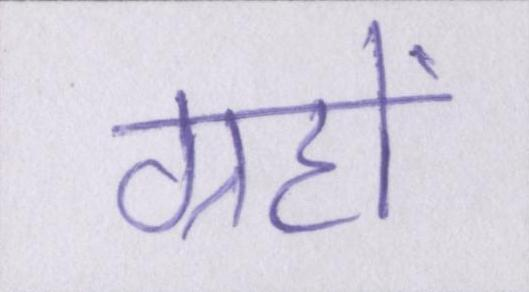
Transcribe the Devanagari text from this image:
ग्रहों